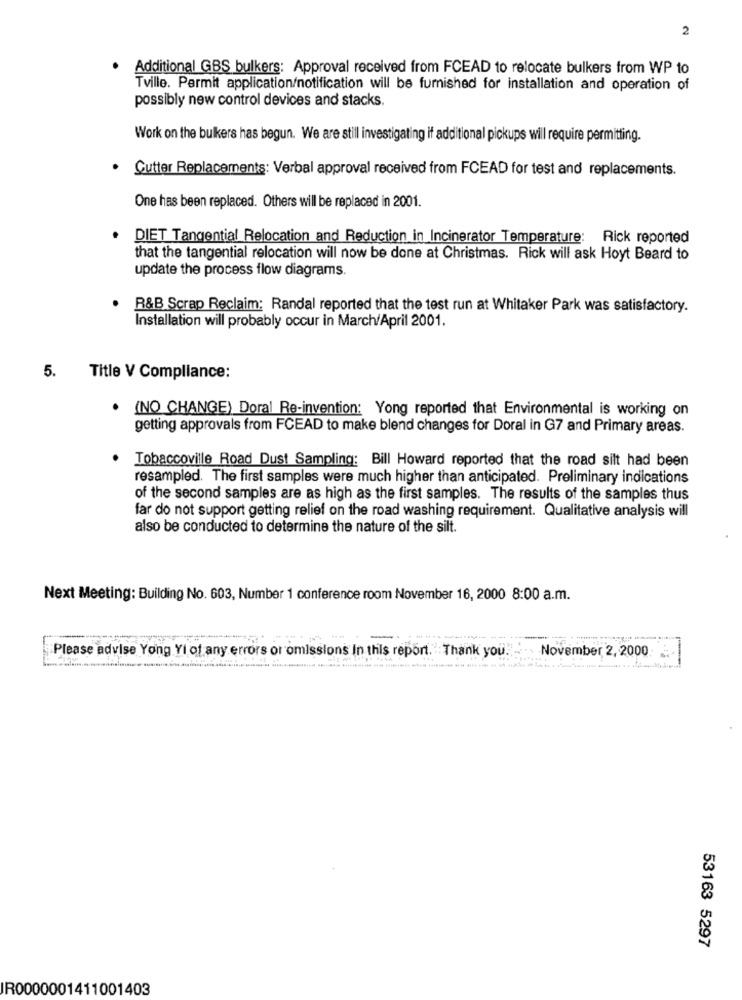
2
Additional GBS bulkers: Approval received from FCEAD to relocate bulkers from WP to
Tville. Permit application/notification will be furnished for installation and operation of
possibly new control devices and stacks.
Work on the bulkers has begun. We are still investigating if additional pickups will require permitting.
Cutter Replacements: Verbal approval received from FCEAD for test and replacements.
One has been replaced. Others will be replaced in 2001.
DIET Tangential Relocation and Reduction in Incinerator Temperature: Rick reported
that the tangential relocation will now be done at Christmas. Rick will ask Hoyt Beard to
update the process flow diagrams.
R&B Scrap Reclaim: Randal reported that the test run at Whitaker Park was satisfactory.
Installation will probably occur in March/April 2001.
5.
Title V Compliance:
(NO CHANGE) Doral Re-invention: Yong reported that Environmental is working on
getting approvals from FCEAD to make blend changes for Doral in G7 and Primary areas.
Tobaccoville Road Dust Sampling: Bill Howard reported that the road silt had been
resampled. The first samples were much higher than anticipated. Preliminary indications
of the second samples are as high as the first samples. The results of the samples thus
far do not support getting relief on the road washing requirement. Qualitative analysis will
also be conducted to determine the nature of the silt.
Next Meeting: Building No. 603, Number 1 conference room November 16, 2000 8:00 a.m.
----
Please advise Yong Yi of any errors or omissions In this report. "Thank you.
November 2, 2000
53163 5297
IR0000001411001403